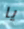
يا